Lunatic asylums Central Provinces reports 1910-1926 - 1910-1926
Year: 1910
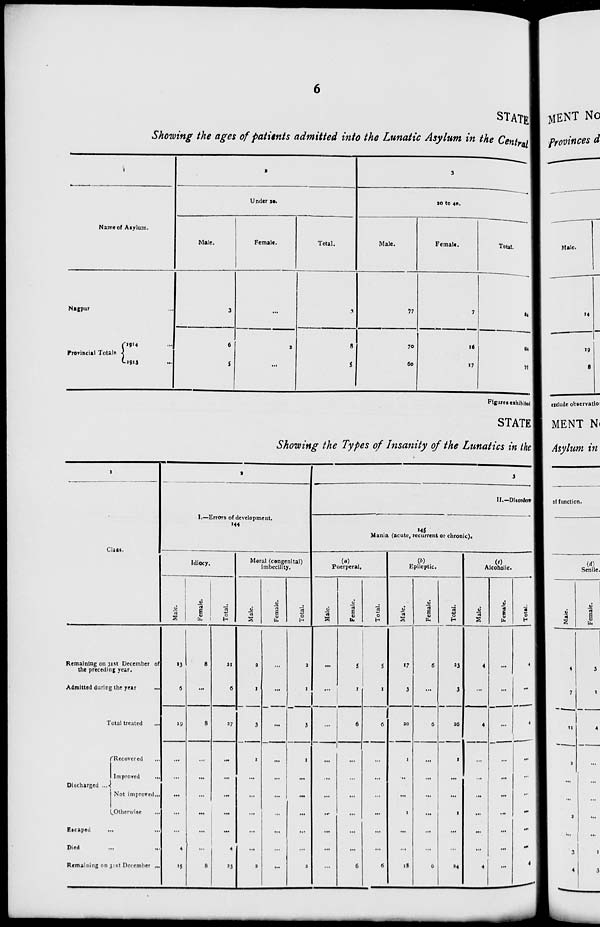
6
STATE
Showing the ages of patients admitted into the Lunatic Asylum in the Central
1
Name of Asylum.
Nagpur ...
Provincial Totals
1914 ...
1913 ...
2
Under 20.
Male.
3
6
5
Female.
...
2
...
Total.
3
8
5
3
20 to 40.
Male.
77
70
60
Female.
7
16
17
Total.
84
86
77
Figures exhibited
STATE
Showing the Types of Insanity of the Lunatics in the
1
Class.
Remaining on 31st December of
the preceding year.
Admitted during the year
...
Total treated ...
Discharged ...
Recovered ...
Improved ...
Not improved ...
Otherwise ...
Escaped ... ...
Died
...
...
Remaining on 31st December ...
2
I.—Errors of development.
144
Idiocy.
Male.
13
6
19
...
...
...
...
...
4
15
Female.
8
...
8
...
...
...
...
...
...
8
Total.
21
6
37
...
...
...
...
...
4
23
Moral (congenital)
imbecility.
Male.
2
1
3
1
...
...
...
...
...
2
Female.
...
...
...
...
...
...
...
...
...
...
Total.
2
1
3
1
...
...
...
...
...
2
3
II.—Disorders
145
Mania (acute, recurrent or chronic).
(a)
Puerperal.
Male.
...
...
...
...
...
...
...
...
...
...
Female.
5
1
6
...
...
...
...
...
...
6
Total.
5
1
6
...
...
...
...
...
...
6
(b)
Epileptic.
Male.
17
3
20
1
...
...
1
...
...
18
Female.
6
...
6
...
...
...
...
...
...
6
Total.
23
3
26
1
...
...
1
...
...
24
(c)
Alcoholic.
Male.
4
...
4
...
...
...
...
...
...
4
Female.
...
...
...
...
...
...
...
...
...
...
Total.
4
...
4
...
...
...
...
...
...
4